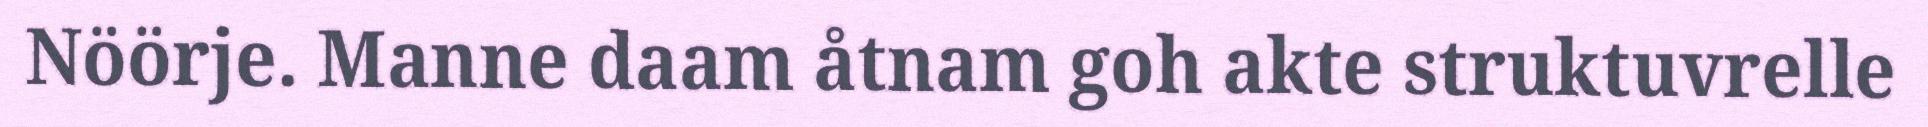
Nöörje. Manne daam åtnam goh akte struktuvrelle